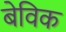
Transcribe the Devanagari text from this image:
बेविक